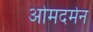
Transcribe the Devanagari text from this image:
ओमदर्मन